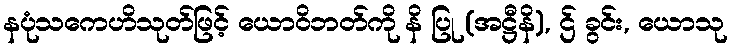
နပုံသကေဟိသုတ်ဖြင့် ယောဝိဘတ်ကို နိ ပြု (အဋ္ဌီနိ), ဌ် ခွင်း, ယောသု